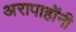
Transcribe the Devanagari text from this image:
अरापाहोंनी